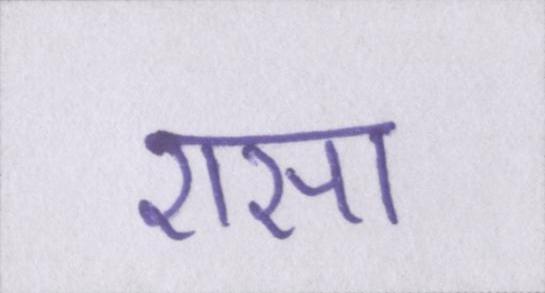
एसा